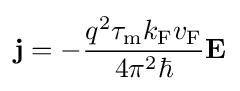
\mathbf {j} =-{\frac {q^{2}\tau _{\rm {m}}k_{\rm {F}}v_{\rm {F}}}{4\pi ^{2}\hbar }}\mathbf {E}